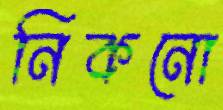
নিকনো